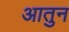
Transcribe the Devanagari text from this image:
आतुन